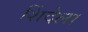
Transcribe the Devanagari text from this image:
शिंदेला